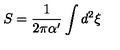
S = \frac { 1 } { 2 \pi \alpha ^ { \prime } } \int d ^ { 2 } \xi